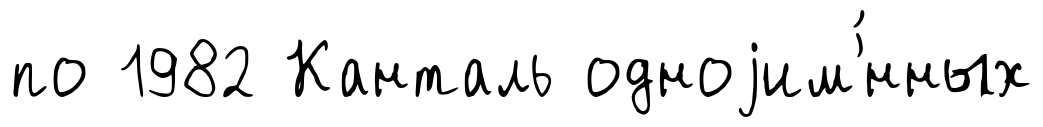
по 1982 Канталь одноjим'́нных